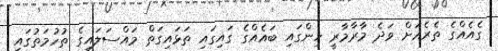
ގެއެއްގެ ތެރެއަށް ވަދެ މާރާމާރީ ހިންގައި ބައެއްގެ ގައިގައި ތަޅައިގަތް މައްސަލައިގެ ތުހުމަތުގައި